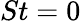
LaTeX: St=0